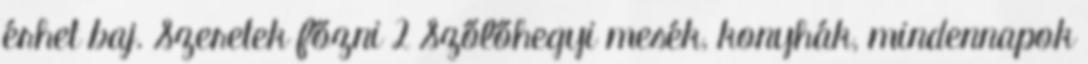
érhet baj. Szeretek főzni 2 Szőlőhegyi mesék, konyhák, mindennapok